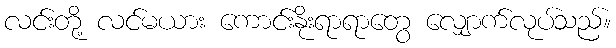
လင်းတို့ လင်မယား ကောင်းနိုးရာရာတွေ လျှောက်လုပ်သည်။